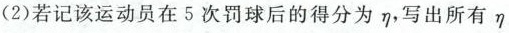
(2)若记该运动员在5次罚球后的得分为\eta ，写出所有\eta